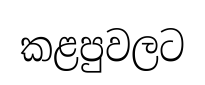
කළපුවලට